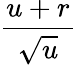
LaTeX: \frac{u+r}{\sqrt{u}}